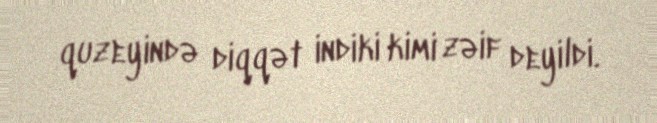
quzeyində diqqət indiki kimi zəif deyildi.